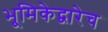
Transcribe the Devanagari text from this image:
भूमिकेद्वारेच